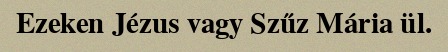
Ezeken Jézus vagy Szűz Mária ül.